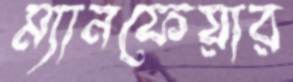
ম্যানফেয়ার